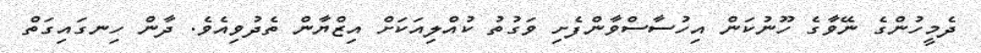
ދެމީހުންގެ ނޭވާގެ ހޫނުކަން އިހުސާސްވާންފެށި ވަގުތު ކުއްލިއަކަށް އިޒްޔާން ތެދުވިއެވެ. ދާން ހިނގައިގަތް